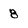
Character: 8